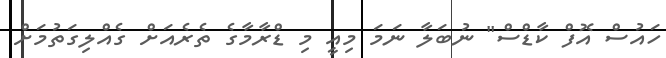
ހައުސް އޮފް ކާޑްސް" ނުބަލާ ނަމަ މިއީ މި ޑްރާމާގެ ތެރެއަށް ގެއްލިގަތުމަށް